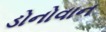
ડોનોવાન